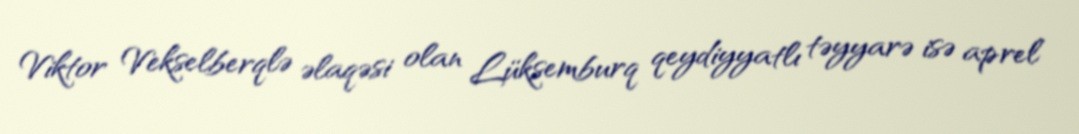
Viktor Vekselberqlə əlaqəsi olan Lüksemburq qeydiyyatlı təyyarə isə aprel